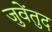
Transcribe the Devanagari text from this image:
जुवेंतुद